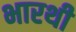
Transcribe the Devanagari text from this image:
भारथी